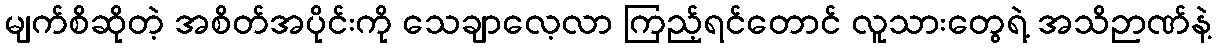
မျက်စိဆိုတဲ့ အစိတ်အပိုင်းကို သေချာလေ့လာ ကြည့်ရင်တောင် လူသားတွေရဲ့ အသိဉာဏ်နဲ့